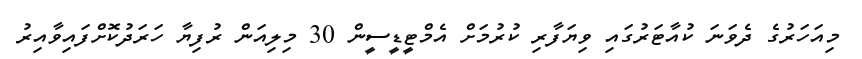
މިއަހަރުގެ ދެވަނަ ކުއާޓަރުގައި ވިޔަފާރި ކުރުމަށް އެމްޓީޑީސީން 30 މިލިއަން ރުފިޔާ ހަރަދުކޮށްފައިވާއިރު